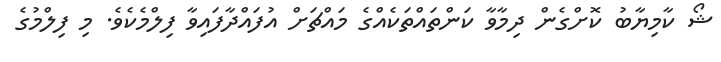
ޝޯ ކާމިޔާބު ކޮށްގެން ދިމާވާ ކަންތައްތަކެއްގެ މައްޗަށް އުފައްދާފައިވާ ފިލްމެކެވެ. މި ފިލްމުގެ